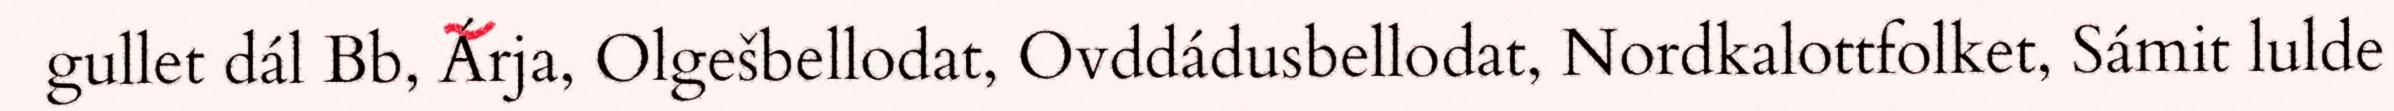
gullet dál Bb, Árja, Olgešbellodat, Ovddádusbellodat, Nordkalottfolket, Sámit lulde